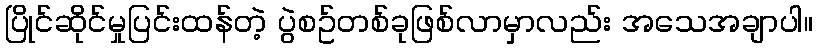
ပြိုင်ဆိုင်မှုပြင်းထန်တဲ့ ပွဲစဥ်တစ်ခုဖြစ်လာမှာလည်း အသေအချာပါ။